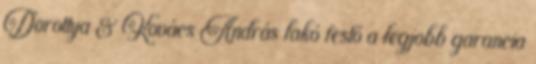
Dorottya & Kovács András lakó festő a legjobb garancia